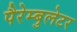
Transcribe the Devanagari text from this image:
पैरेम्बुलेटर